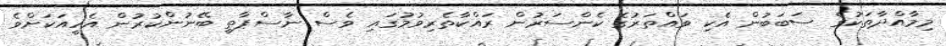
މިމާއްދާތަކުގެ ސަބަބުން އެކި ވައްތަރުގެ ކެންސަރުން ރައްކާތެރިވުމުގައި ވެސް ނާސްޕާތީ ބޭނުންކުރުން އެހީއަކަށްވެ